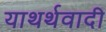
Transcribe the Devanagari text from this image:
याथर्थवादी